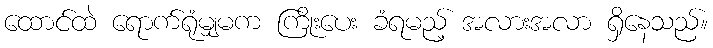
ထောင်ထဲ ရောက်ရုံမျှမက ကြိုးပေး ခံရမည့် အလားအလာ ရှိနေသည်။